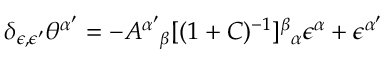
\delta _ { \epsilon , \epsilon ^ { \prime } } \theta ^ { \alpha ^ { \prime } } = - A ^ { \alpha ^ { \prime } } { } _ { \beta } [ ( 1 + C ) ^ { - 1 } ] ^ { \beta } { } _ { \alpha } \epsilon ^ { \alpha } + \epsilon ^ { \alpha ^ { \prime } }